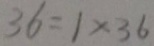
3 6 = 1 \times 3 6